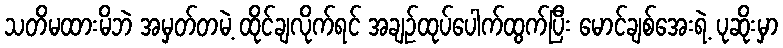
သတိမထားမိဘဲ အမှတ်တမဲ့ ထိုင်ချလိုက်ရင် အချဉ်ထုပ်ပေါက်ထွက်ပြီး မောင်ချစ်အေးရဲ့ ပုဆိုးမှာ